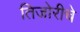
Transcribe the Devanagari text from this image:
तिजोरीचे